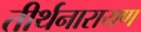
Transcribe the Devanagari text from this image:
तीर्थनारायण